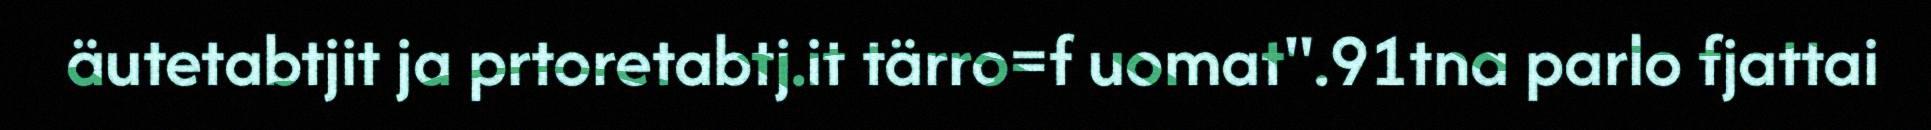
äutetabtjit ja prtoretabtj.it tärro=f uomat".91tna parlo fjattai